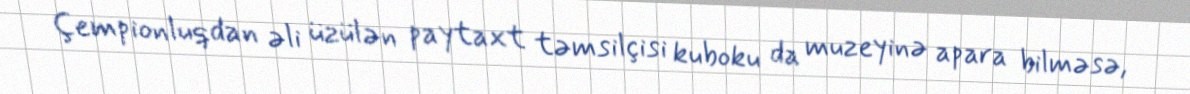
Çempionluqdan əli üzülən paytaxt təmsilçisi kuboku da muzeyinə apara bilməsə,